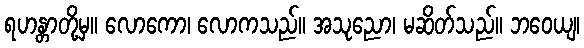
ရဟန္တာတို့မှ။ လောကော၊ လောကသည်။ အသုညော၊ မဆိတ်သည်။ ဘဝေယျ၊